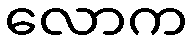
လောက